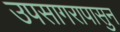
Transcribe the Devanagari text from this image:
उपसागरापासुन